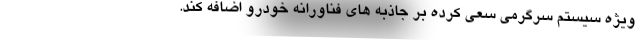
ویژه سیستم سرگرمی سعی کرده بر جاذبه های فناورانه خودرو اضافه کند.